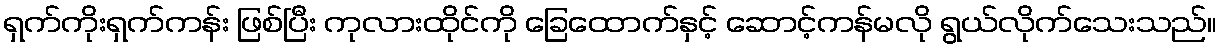
ရှက်ကိုးရှက်ကန်း ဖြစ်ပြီး ကုလားထိုင်ကို ခြေထောက်နှင့် ဆောင့်ကန်မလို ရွယ်လိုက်သေးသည်။